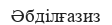
Әбділғазиз